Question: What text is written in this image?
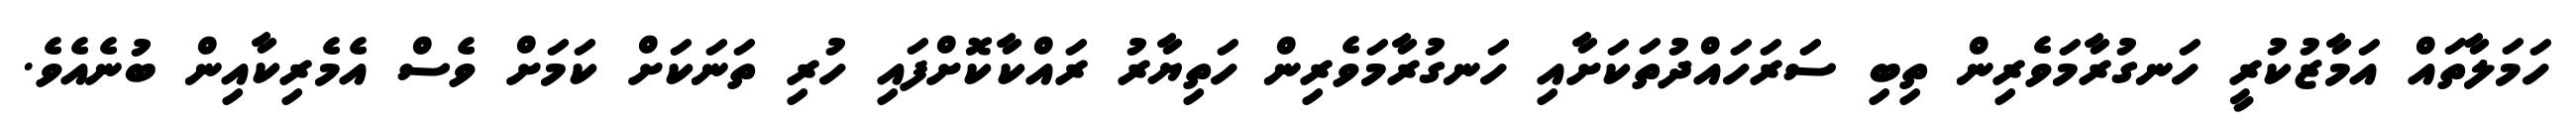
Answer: ހަމަލާތައް އަމާޒުކުރީ ހަނގުރާމަވެރިން ތިބި ސަރަހައްދުތަކަށާއި ހަނގުރާމަވެރިން ހަތިޔާރު ރައްކާކޮށްފައި ހުރި ތަނަކަށް ކަމަށް ވެސް އެމެރިކާއިން ބުނެއެވެ.